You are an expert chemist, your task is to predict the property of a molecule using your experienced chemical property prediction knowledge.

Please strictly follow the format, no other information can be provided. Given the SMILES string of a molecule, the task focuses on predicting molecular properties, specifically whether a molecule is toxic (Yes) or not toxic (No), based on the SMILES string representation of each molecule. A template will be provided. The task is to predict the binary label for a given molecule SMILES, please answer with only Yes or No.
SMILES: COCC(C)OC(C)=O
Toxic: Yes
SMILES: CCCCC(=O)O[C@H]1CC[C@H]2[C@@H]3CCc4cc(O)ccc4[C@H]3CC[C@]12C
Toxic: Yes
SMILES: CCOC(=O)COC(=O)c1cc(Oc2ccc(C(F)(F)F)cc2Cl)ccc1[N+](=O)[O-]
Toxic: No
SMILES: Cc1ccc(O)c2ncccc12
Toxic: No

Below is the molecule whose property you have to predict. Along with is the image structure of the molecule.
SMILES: C/C(=C(\CCOC(=O)c1ccccc1)SS/C(CCOC(=O)c1ccccc1)=C(/C)N(C=O)Cc1cnc(C)nc1N)N(C=O)Cc1cnc(C)nc1N
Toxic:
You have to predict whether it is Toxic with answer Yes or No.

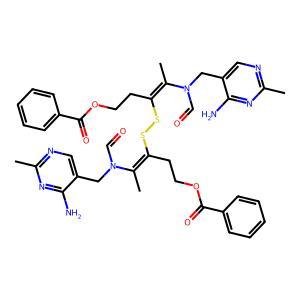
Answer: No